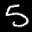
Label: 5